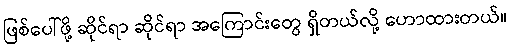
ဖြစ်ပေါ်ဖို့ ဆိုင်ရာ ဆိုင်ရာ အကြောင်းတွေ ရှိတယ်လို့ ဟောထားတယ်။